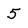
Character: 5